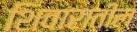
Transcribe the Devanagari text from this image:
शिवारातील